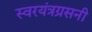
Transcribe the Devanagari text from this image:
स्वरयंत्रग्रसनी